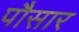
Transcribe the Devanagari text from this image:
पौसार